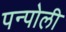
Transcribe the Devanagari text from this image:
पन्पोली